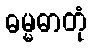
ဓမ္မဓာတုံ